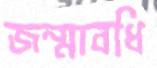
জন্মাবধি